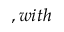
, w i t h